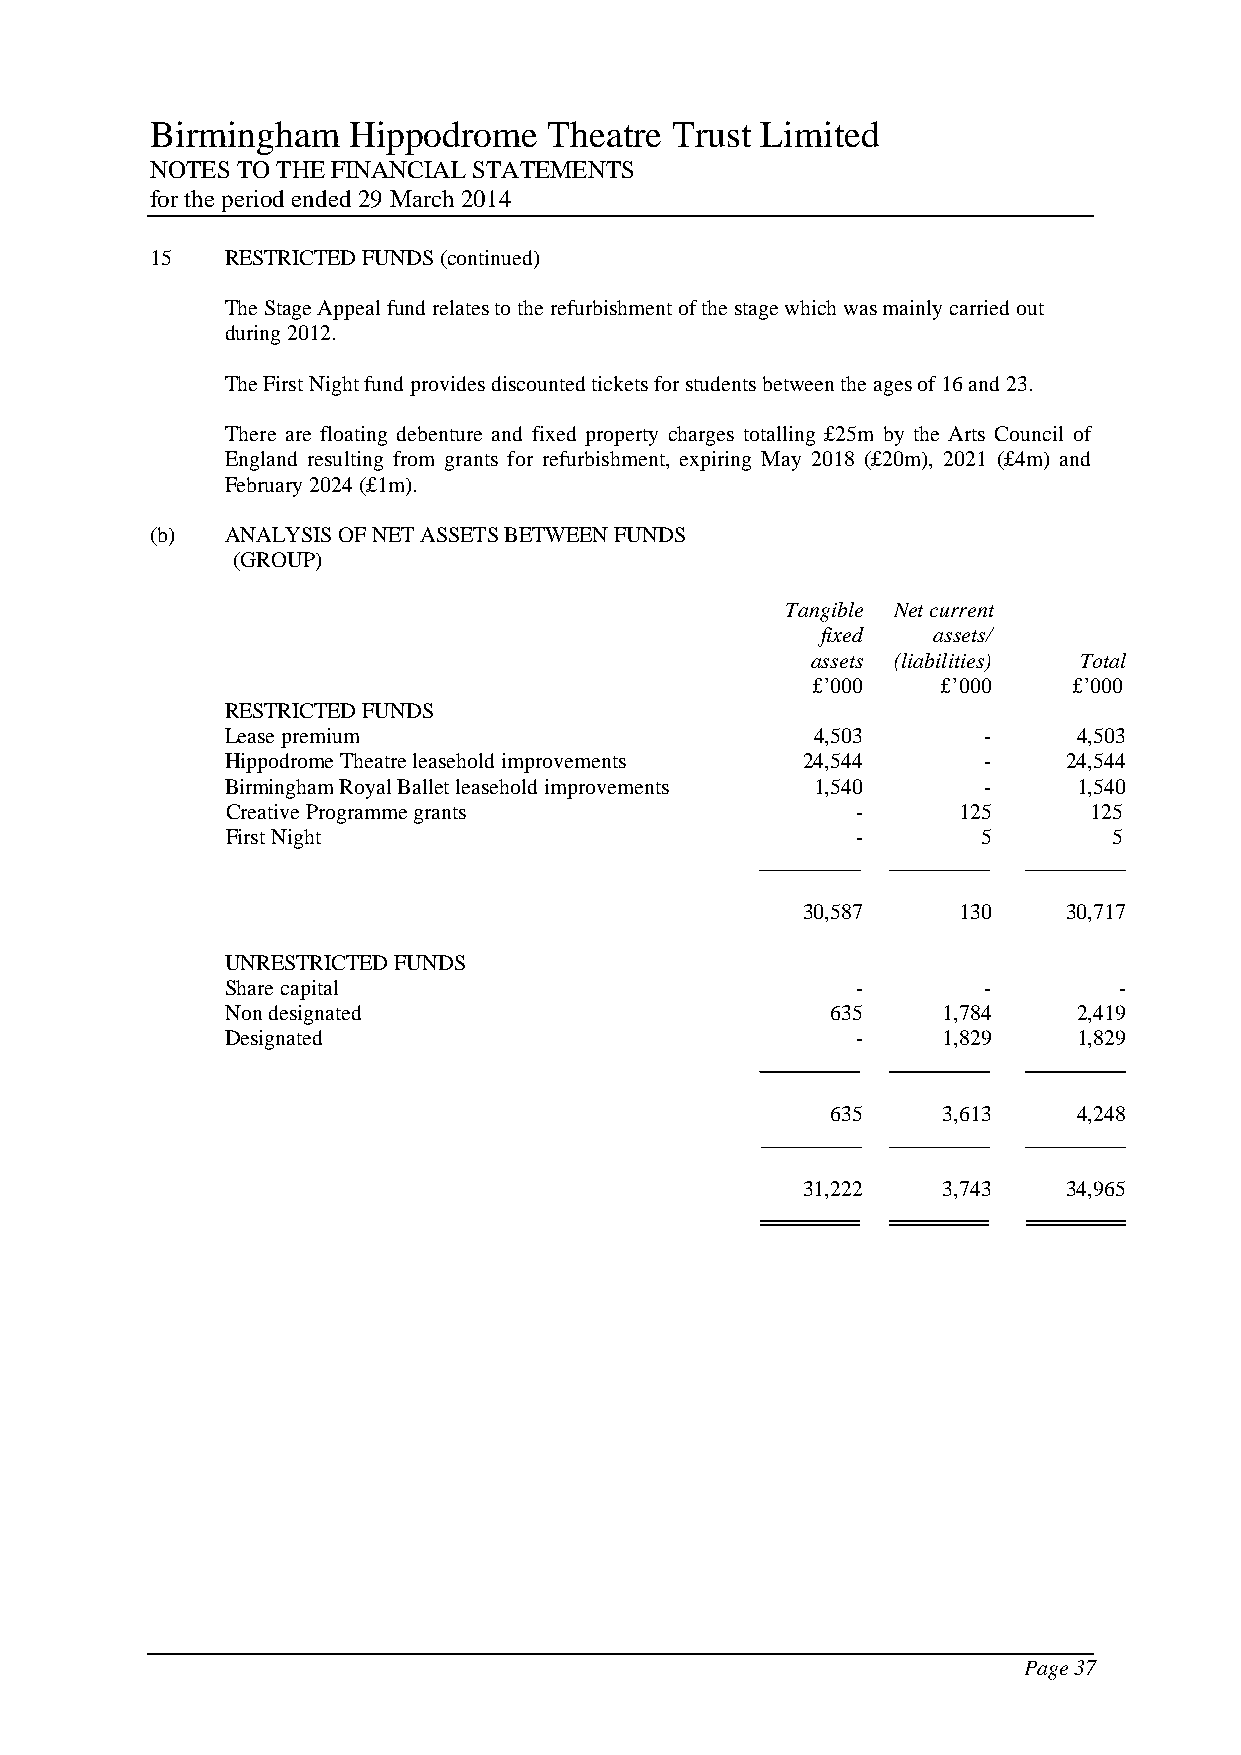
Birmingham   Hippodrome   Theatre Trust Limited
 NOTES TO THE FINANCIAL STATEMENTS
 for the period ended 29 March 2014
 15   RESTRICTED FUNDS (continued)
 The Stage Appeal fund relates to the refurbishment of the stage which was mainly carried out
 during 2012.
 The First Night fund provides discounted tickets for students between the ages of 16 and 23.
 There are floating debenture and fixed property charges totalling £25m by the Arts Council of
 England resulting from grants for refurbishment, expiring May 2018 (£20m), 2021 (£4m) and
 February 2024 (£1m).
 (b)  ANALYSIS OF NET ASSETS BETWEEN FUNDS
 (GROUP)
 Tangible Net current
 fixed   assets/
 assets (liabilities) Total
 £’000   £’000    £’000
 RESTRICTED FUNDS
 Lease premium                          4,503      -     4,503
 Hippodrome Theatre leasehold improvements 24,544  -     24,544
 Birmingham Royal Ballet leasehold improvements 1,540 -  1,540
 Creative Programme grants                 -     125      125
 First Night                               -       5        5
 30,587    130     30,717
 UNRESTRICTED FUNDS
 Share capital                             -       -        -
 Non designated                          635    1,784    2,419
 Designated                                -    1,829    1,829
 635    3,613    4,248
 31,222   3,743    34,965
 Page 37